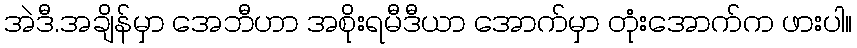
အဲဒီ.အချိန်မှာ အေဘီဟာ အစိုးရမီဒီယာ အောက်မှာ တုံးအောက်က ဖားပါ။